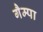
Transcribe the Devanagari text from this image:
गैम्पा